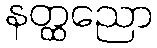
နတ္ထညော